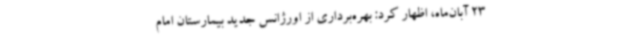
23 آبان‌ماه، اظهار کرد: بهره‌برداری از اورژانس جدید بیمارستان امام